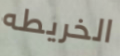
الخريطه